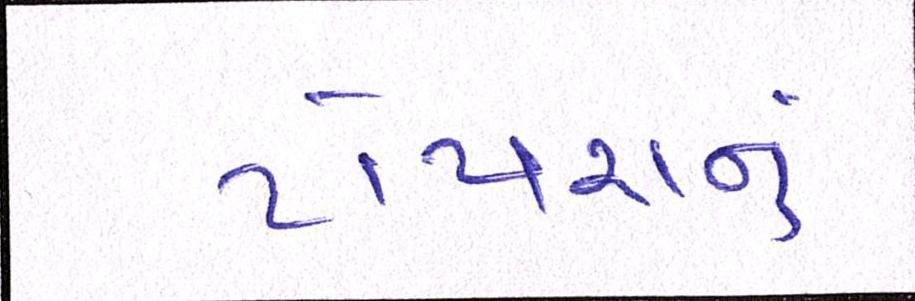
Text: ટોપરાનું